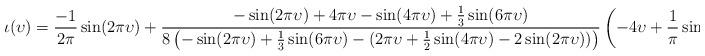
LaTeX: \begin{align*}\iota(\upsilon) = \frac{-1}{2\pi}\sin(2\pi \upsilon)+\frac{-\sin(2\pi \upsilon) + 4\pi \upsilon - \sin(4\pi \upsilon) + \frac{1}{3}\sin(6\pi \upsilon)}{8\left(-\sin(2\pi \upsilon) + \frac 13 \sin(6\pi \upsilon) - (2 \pi \upsilon + \frac 12 \sin(4\pi \upsilon) - 2\sin(2\pi \upsilon))\right)}\left(-4\upsilon + \frac{1}{\pi}\sin(4\pi \upsilon)\right)\end{align*}